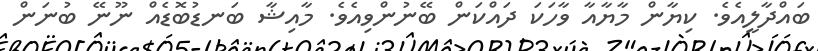
ބައްދާލީއެވެ. ކިޔާން މާޔާއާ ވާހަކަ ދައްކަން ބޭނުންވިއެވެ. މާއިޝާ ބަނޑުބޮޑެއް ނޫނޭ ބުނަން